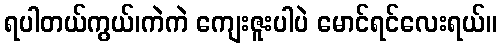
ရပါတယ်ကွယ်၊ကဲကဲ ကျေးဇူးပါပဲ မောင်ရင်လေးရယ်။